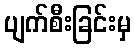
ပျက်စီးခြင်းမှ